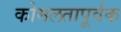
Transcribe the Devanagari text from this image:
कोमलतापूर्वक